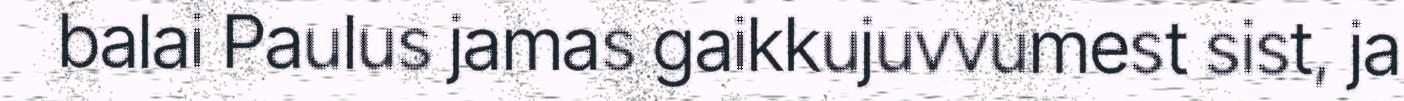
balai Paulus jamas gaikkujuvvumest sist, ja